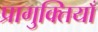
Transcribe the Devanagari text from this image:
प्रागुक्तियाँ